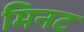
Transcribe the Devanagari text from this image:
मिनट